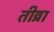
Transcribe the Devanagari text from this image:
तीव्रा